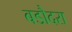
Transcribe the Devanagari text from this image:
बडौदरा